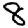
Digit: 8